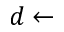
d \leftarrow